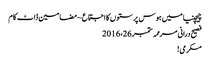
چیچنیا میں ہوس پرستوں کا اجتماع ~ مضامین ڈاٹ کام
فصیح درانی مرممہ ستمبر 26، 2016
مکرمی!